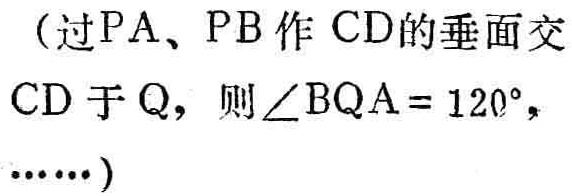
（过\(PA\)、\(PB\)作\(CD\)的垂面交\(CD\)于\(Q\)，则\(\angle BQA = 120^{\circ}\)，\(\cdots\cdots\)）